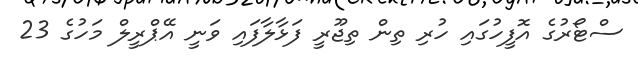
ސްޓޯރުގެ އޮފީހުގައި ހުރި ތިން ތިޖޫރީ ފަޅާލާފައި ވަނީ އޭޕްރީލް މަހުގެ 23